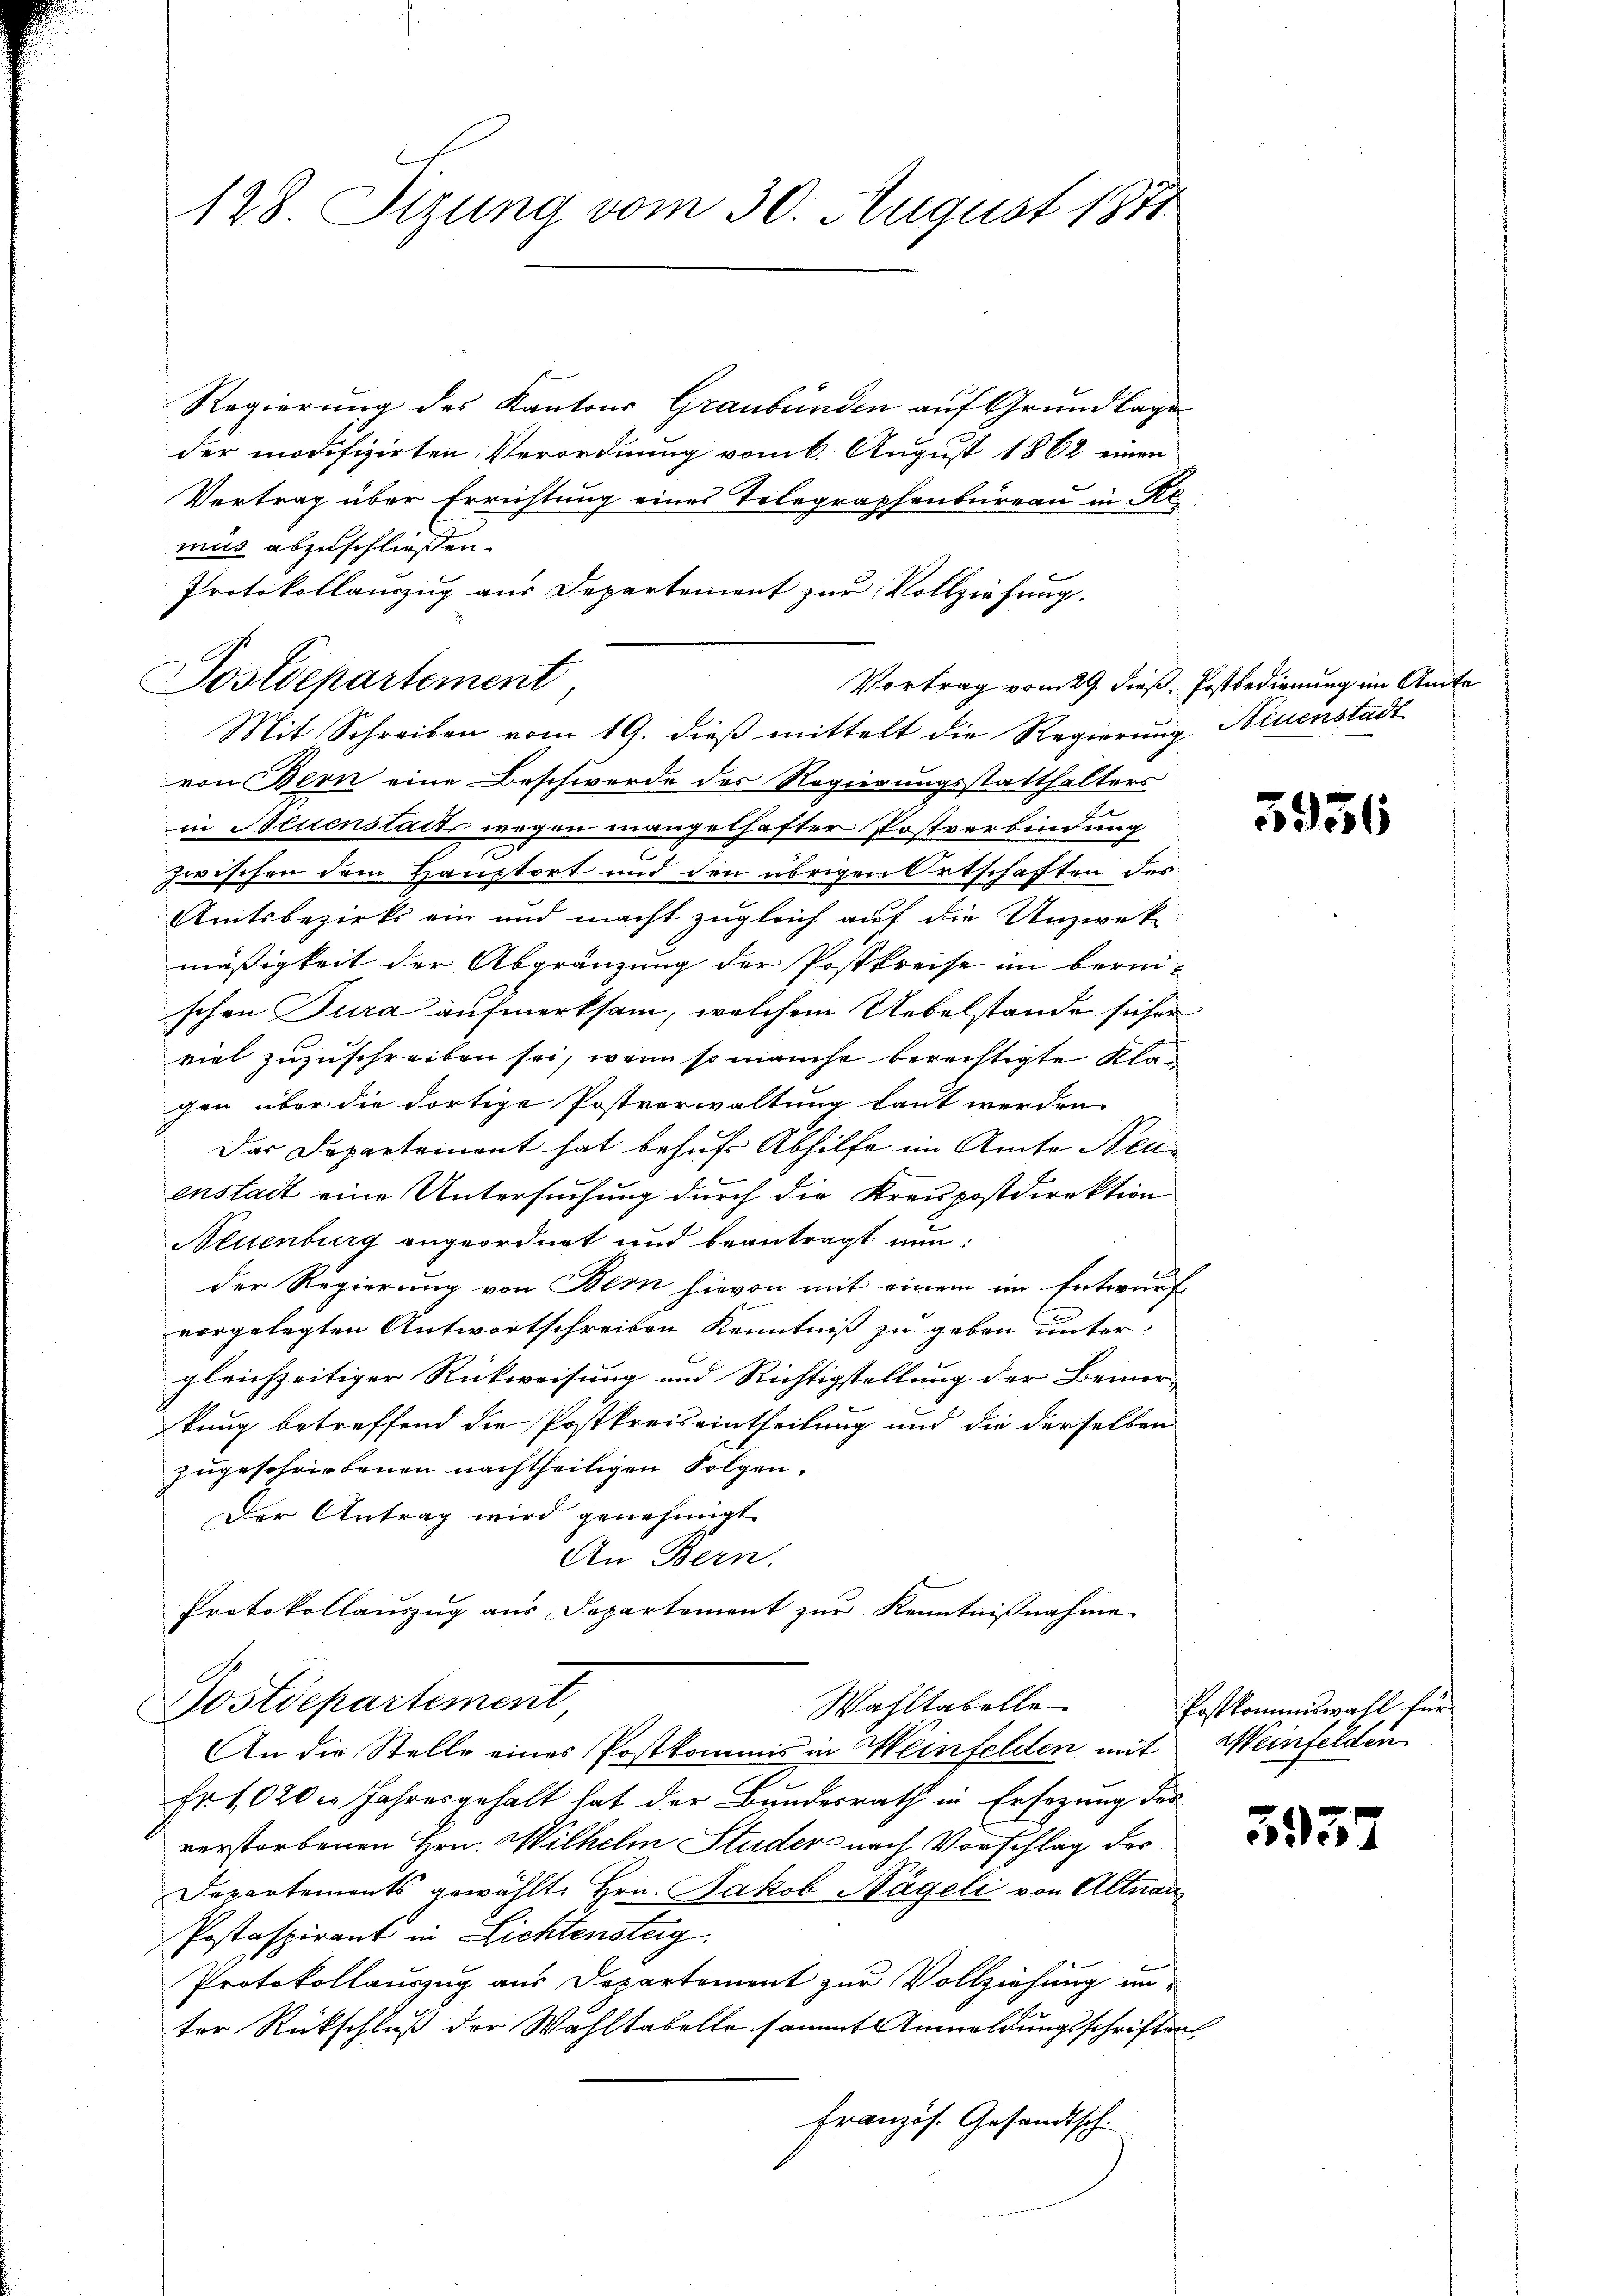
128. Sizung vom 30. August 1871

Regierung des Kantons Graubünden auf Grundlage
der modifizirten Verordnung vom 6. August 1862 einen
Vertrag über Errichtung eines Telegraphenbureau in Remis abzuschließen.
von Bern eine Beschwerde des Regierungsstatthalters
2
in Neuenstalt wegen mangelhafter Postverbindung
zwischen dem Hauptort und den übrigen Ortschaften des
Amtsbezirks ein und macht zugleich auf die Unzwekmäßigkeit der Abgränzung der Postkreise im berei-
schen Tura aufmerksam, welchem Uebelstande sicher
viel zuzuschreiben sei, wenn so manche berechtigte Klagen über die dortige Postverwaltung laut werden
Das Departement hat behufs Abhilfe im Amte Neuenstadt eine Untersuchung durch die Kreupostdirektion
Neuenburg angeordnet und beantragt nun:
der Regierung von Bern hievon mit einem im Entwurf
vorgelegten Antwortschreiben Kenntniß zu geben unter
gleichzeitiger Rückweisung und Richtigstellung der Benner
kung betreffend die Postkreiseintheilung und die derselben
zugeschriebenen nachtheiligen Folgen,
Der Antrag wird genehmigt.
An Bern.
Protokollauszug aus Departement zur Kenntnißnahme
Postdepartement
Wahltabelle
An die Stelle eines Postkommis in Weinfelden mit Weinfelden
Fr. 1020. Jahresgehalt hat der Bundesrath in Ersezung des
verstorbenen Hrn. Wilhelm Studer nach Vorschlag der
Departements gewählte Hrn. Jakob Nägeli von Altnau
Postaspirant in Lichtensteig
Protokollauszug aus Departement zur Vollziehung unter Rückschluß der Wahltabelle sammt Anmeldungsschriften
französ. Gesandtsch.

Postdepartement

Protokollauszug aus Departement zur Vollziehung.
Vortrag vom 29. dieß, Postbedienung im Amte
Mit Schreiben vom 19. dieß mittelt die Regierung Neuenstadt

3936

Postkommiswahl für

5937